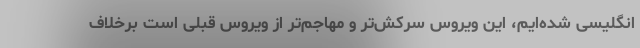
انگلیسی شده‌ایم، این ویروس سرکش‌تر و مهاجم‌تر از ویروس قبلی است برخلاف